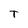
Character: T